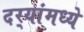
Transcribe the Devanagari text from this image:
दर्‍यांमध्ये